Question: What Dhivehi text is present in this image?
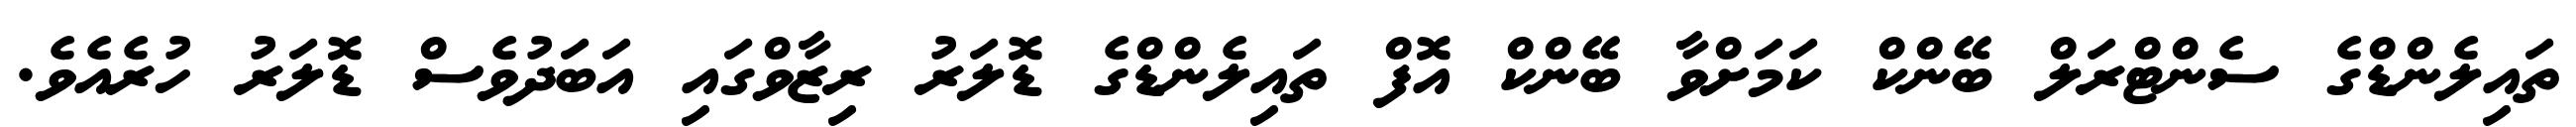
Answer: ތައިލެންޑްގެ ސެންޓްރަލް ބޭންކް ކަމަށްވާ ބޭންކް އޮފް ތައިލެންޑްގެ ޑޮލަރު ރިޒާވްގައި އަބަދުވެސް ޑޮލަރު ހުރެއެވެ.